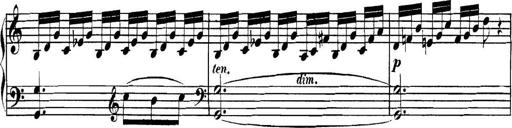
Title: Collected Piano Sonatas
Composer: Muzio Clementi